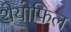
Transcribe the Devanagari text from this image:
थेयोफिल